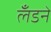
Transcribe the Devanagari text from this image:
लँडने